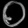
Digit: ၀